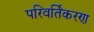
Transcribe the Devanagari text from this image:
परिवर्तिकरण